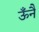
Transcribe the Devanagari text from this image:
ऊँनै